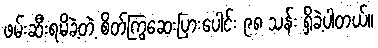
ဖမ်းဆီးရမိခဲ့တဲ့ စိတ်ကြွဆေးပြားပေါင်း ၉၈ သန်း ရှိခဲ့ပါတယ်။